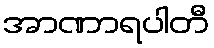
အာဏာရပါတီ